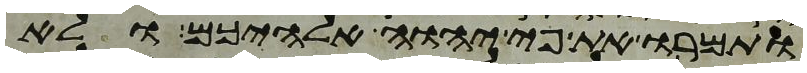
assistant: ותמרו את פי יהוה אלהיכם ולא